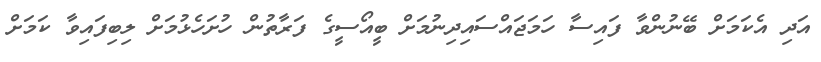
އަދި އެކަމަށް ބޭނުންވާ ފައިސާ ހަމަޖައްސައިދިނުމަށް ބީއޯސީގެ ފަރާތުން ހުށަހެޅުމަށް ލިބިފައިވާ ކަމަށް